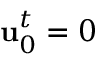
\mathrm { \mathbf { u } } _ { 0 } ^ { t } = 0